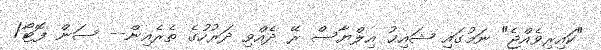
"ކައިރިވެއްޖެ" ނަމުގައި ޝައިޚު އިލްޔާސް ރޭ ދެއްވި ދަރުހުގެ ތެރެއިން-- ސަން ފޮޓޯ/